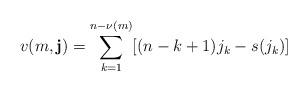
LaTeX: \begin{align*} v(m, \mathbf{j}) = \sum_{k=1}^{n-\nu(m)} [(n-k+1)j_k - s(j_k)] \end{align*}